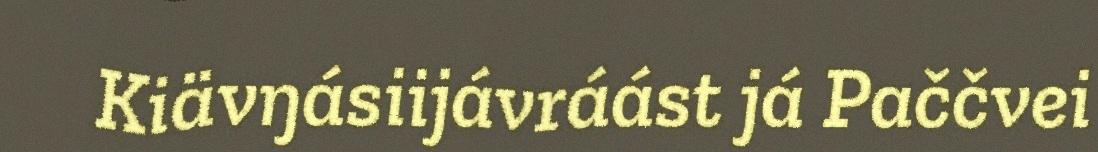
Kiävŋásiijávráást já Paččvei